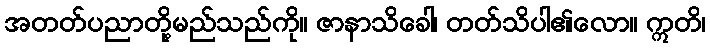
အတတ်ပညာတို့မည်သည်ကို။ ဇာနာသိခေါ၊ တတ်သိပါ၏လော။ ဣတိ၊